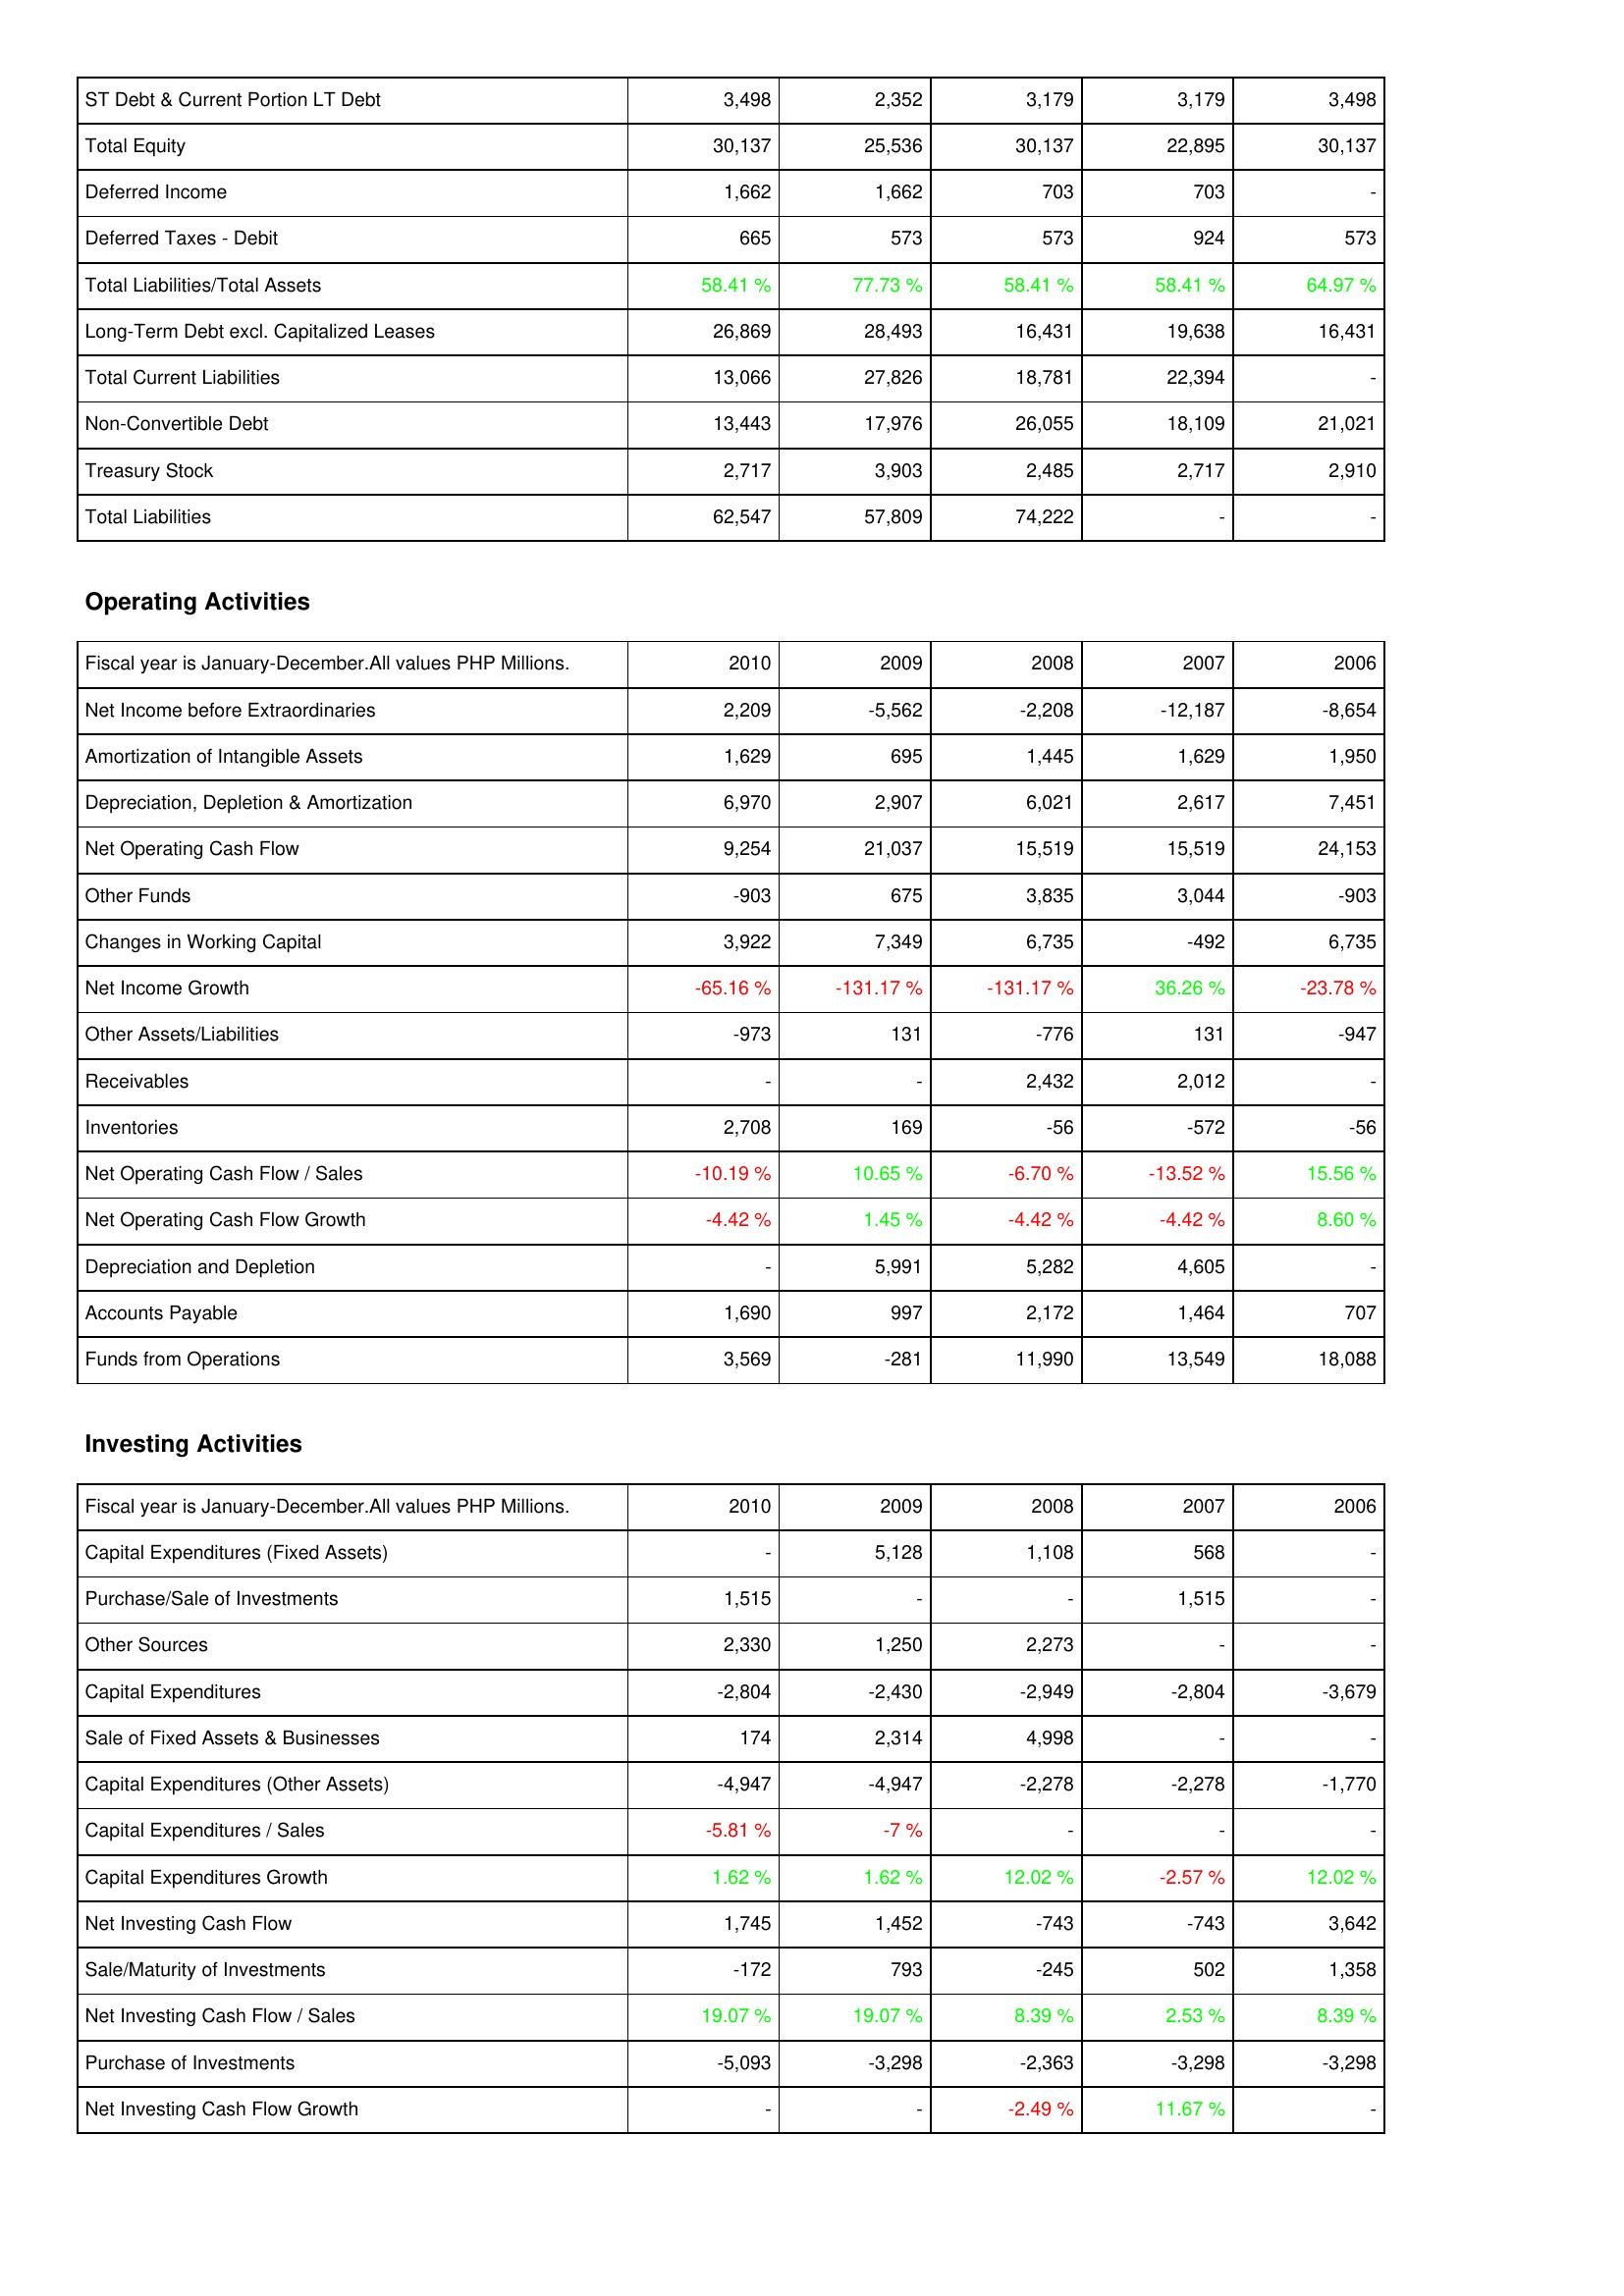
2010: Liabilities & Shareholders' Equity: ST Debt & Current Portion LT Debt: 3,498
Total Equity: 30,137
Deferred Income: 1,662
Deferred Taxes - Debit: 665
Total Liabilities/Total Assets: 58.41 %
Long-Term Debt excl. Capitalized Leases: 26,869
Total Current Liabilities: 13,066
Non-Convertible Debt: 13,443
Treasury Stock: 2,717
Total Liabilities: 62,547
Operating Activities: Net Income before Extraordinaries: 2,209
Amortization of Intangible Assets: 1,629
Depreciation, Depletion & Amortization: 6,970
Net Operating Cash Flow: 9,254
Other Funds: -903
Changes in Working Capital: 3,922
Net Income Growth: -65.16 %
Other Assets/Liabilities: -973
Receivables: -
Inventories: 2,708
Net Operating Cash Flow / Sales: -10.19 %
Net Operating Cash Flow Growth: -4.42 %
Depreciation and Depletion: -
Accounts Payable: 1,690
Funds from Operations: 3,569
Investing Activities: Capital Expenditures (Fixed Assets): -
Purchase/Sale of Investments: 1,515
Other Sources: 2,330
Capital Expenditures: -2,804
Sale of Fixed Assets & Businesses: 174
Capital Expenditures (Other Assets): -4,947
Capital Expenditures / Sales: -5.81 %
Capital Expenditures Growth: 1.62 %
Net Investing Cash Flow: 1,745
Sale/Maturity of Investments: -172
Net Investing Cash Flow / Sales: 19.07 %
Purchase of Investments: -5,093
Net Investing Cash Flow Growth: -
2009: Liabilities & Shareholders' Equity: ST Debt & Current Portion LT Debt: 2,352
Total Equity: 25,536
Deferred Income: 1,662
Deferred Taxes - Debit: 573
Total Liabilities/Total Assets: 77.73 %
Long-Term Debt excl. Capitalized Leases: 28,493
Total Current Liabilities: 27,826
Non-Convertible Debt: 17,976
Treasury Stock: 3,903
Total Liabilities: 57,809
Operating Activities: Net Income before Extraordinaries: -5,562
Amortization of Intangible Assets: 695
Depreciation, Depletion & Amortization: 2,907
Net Operating Cash Flow: 21,037
Other Funds: 675
Changes in Working Capital: 7,349
Net Income Growth: -131.17 %
Other Assets/Liabilities: 131
Receivables: -
Inventories: 169
Net Operating Cash Flow / Sales: 10.65 %
Net Operating Cash Flow Growth: 1.45 %
Depreciation and Depletion: 5,991
Accounts Payable: 997
Funds from Operations: -281
Investing Activities: Capital Expenditures (Fixed Assets): 5,128
Purchase/Sale of Investments: -
Other Sources: 1,250
Capital Expenditures: -2,430
Sale of Fixed Assets & Businesses: 2,314
Capital Expenditures (Other Assets): -4,947
Capital Expenditures / Sales: -7 %
Capital Expenditures Growth: 1.62 %
Net Investing Cash Flow: 1,452
Sale/Maturity of Investments: 793
Net Investing Cash Flow / Sales: 19.07 %
Purchase of Investments: -3,298
Net Investing Cash Flow Growth: -
2008: Liabilities & Shareholders' Equity: ST Debt & Current Portion LT Debt: 3,179
Total Equity: 30,137
Deferred Income: 703
Deferred Taxes - Debit: 573
Total Liabilities/Total Assets: 58.41 %
Long-Term Debt excl. Capitalized Leases: 16,431
Total Current Liabilities: 18,781
Non-Convertible Debt: 26,055
Treasury Stock: 2,485
Total Liabilities: 74,222
Operating Activities: Net Income before Extraordinaries: -2,208
Amortization of Intangible Assets: 1,445
Depreciation, Depletion & Amortization: 6,021
Net Operating Cash Flow: 15,519
Other Funds: 3,835
Changes in Working Capital: 6,735
Net Income Growth: -131.17 %
Other Assets/Liabilities: -776
Receivables: 2,432
Inventories: -56
Net Operating Cash Flow / Sales: -6.70 %
Net Operating Cash Flow Growth: -4.42 %
Depreciation and Depletion: 5,282
Accounts Payable: 2,172
Funds from Operations: 11,990
Investing Activities: Capital Expenditures (Fixed Assets): 1,108
Purchase/Sale of Investments: -
Other Sources: 2,273
Capital Expenditures: -2,949
Sale of Fixed Assets & Businesses: 4,998
Capital Expenditures (Other Assets): -2,278
Capital Expenditures / Sales: -
Capital Expenditures Growth: 12.02 %
Net Investing Cash Flow: -743
Sale/Maturity of Investments: -245
Net Investing Cash Flow / Sales: 8.39 %
Purchase of Investments: -2,363
Net Investing Cash Flow Growth: -2.49 %
2007: Liabilities & Shareholders' Equity: ST Debt & Current Portion LT Debt: 3,179
Total Equity: 22,895
Deferred Income: 703
Deferred Taxes - Debit: 924
Total Liabilities/Total Assets: 58.41 %
Long-Term Debt excl. Capitalized Leases: 19,638
Total Current Liabilities: 22,394
Non-Convertible Debt: 18,109
Treasury Stock: 2,717
Total Liabilities: -
Operating Activities: Net Income before Extraordinaries: -12,187
Amortization of Intangible Assets: 1,629
Depreciation, Depletion & Amortization: 2,617
Net Operating Cash Flow: 15,519
Other Funds: 3,044
Changes in Working Capital: -492
Net Income Growth: 36.26 %
Other Assets/Liabilities: 131
Receivables: 2,012
Inventories: -572
Net Operating Cash Flow / Sales: -13.52 %
Net Operating Cash Flow Growth: -4.42 %
Depreciation and Depletion: 4,605
Accounts Payable: 1,464
Funds from Operations: 13,549
Investing Activities: Capital Expenditures (Fixed Assets): 568
Purchase/Sale of Investments: 1,515
Other Sources: -
Capital Expenditures: -2,804
Sale of Fixed Assets & Businesses: -
Capital Expenditures (Other Assets): -2,278
Capital Expenditures / Sales: -
Capital Expenditures Growth: -2.57 %
Net Investing Cash Flow: -743
Sale/Maturity of Investments: 502
Net Investing Cash Flow / Sales: 2.53 %
Purchase of Investments: -3,298
Net Investing Cash Flow Growth: 11.67 %
2006: Liabilities & Shareholders' Equity: ST Debt & Current Portion LT Debt: 3,498
Total Equity: 30,137
Deferred Income: -
Deferred Taxes - Debit: 573
Total Liabilities/Total Assets: 64.97 %
Long-Term Debt excl. Capitalized Leases: 16,431
Total Current Liabilities: -
Non-Convertible Debt: 21,021
Treasury Stock: 2,910
Total Liabilities: -
Operating Activities: Net Income before Extraordinaries: -8,654
Amortization of Intangible Assets: 1,950
Depreciation, Depletion & Amortization: 7,451
Net Operating Cash Flow: 24,153
Other Funds: -903
Changes in Working Capital: 6,735
Net Income Growth: -23.78 %
Other Assets/Liabilities: -947
Receivables: -
Inventories: -56
Net Operating Cash Flow / Sales: 15.56 %
Net Operating Cash Flow Growth: 8.60 %
Depreciation and Depletion: -
Accounts Payable: 707
Funds from Operations: 18,088
Investing Activities: Capital Expenditures (Fixed Assets): -
Purchase/Sale of Investments: -
Other Sources: -
Capital Expenditures: -3,679
Sale of Fixed Assets & Businesses: -
Capital Expenditures (Other Assets): -1,770
Capital Expenditures / Sales: -
Capital Expenditures Growth: 12.02 %
Net Investing Cash Flow: 3,642
Sale/Maturity of Investments: 1,358
Net Investing Cash Flow / Sales: 8.39 %
Purchase of Investments: -3,298
Net Investing Cash Flow Growth: -